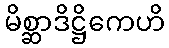
မိစ္ဆာဒိဋ္ဌိကေဟိ